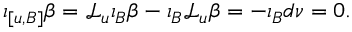
\iota _ { [ u , B ] } \beta = \mathcal { L } _ { u } \iota _ { B } \beta - \iota _ { B } \mathcal { L } _ { u } \beta = - \iota _ { B } d \nu = 0 .